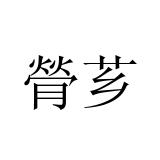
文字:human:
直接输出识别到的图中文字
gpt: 膋芗